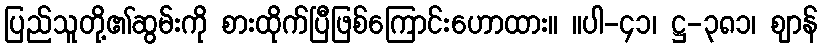
ပြည်သူတို့၏ဆွမ်းကို စားထိုက်ပြီဖြစ်ကြောင်းဟောထား။ ။ပါ-၄၁၊ ဋ္ဌ-၃၈၁၊ ဈာန်